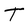
Character: T